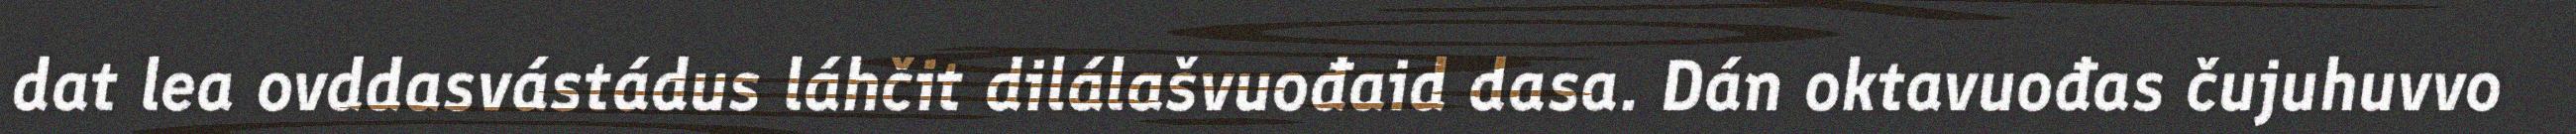
dat lea ovddasvástádus láhčit dilálašvuođaid dasa. Dán oktavuođas čujuhuvvo